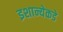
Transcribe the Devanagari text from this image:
इशान्येकडे